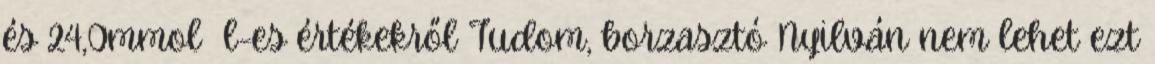
és 24,0mmol l-es értékekről Tudom, borzasztó Nyilván nem lehet ezt